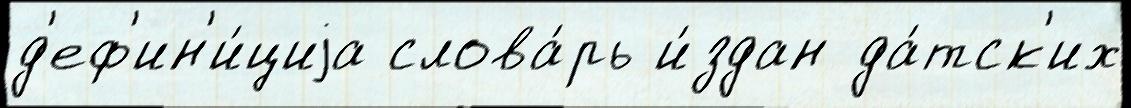
д'еф'ин'и́циjа слова́рь и́здан да́тск'их